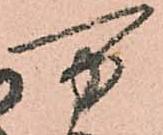
万